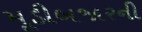
મૂડીબજારની